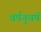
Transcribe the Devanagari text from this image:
वर्षनुवर्ष